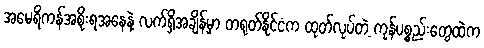
အမေရိကန်အစိုးရအနေနဲ့ လက်ရှိအချိန်မှာ တရုတ်နိုင်ငံက ထုတ်လုပ်တဲ့ ကုန်ပစ္စည်းတွေထဲက